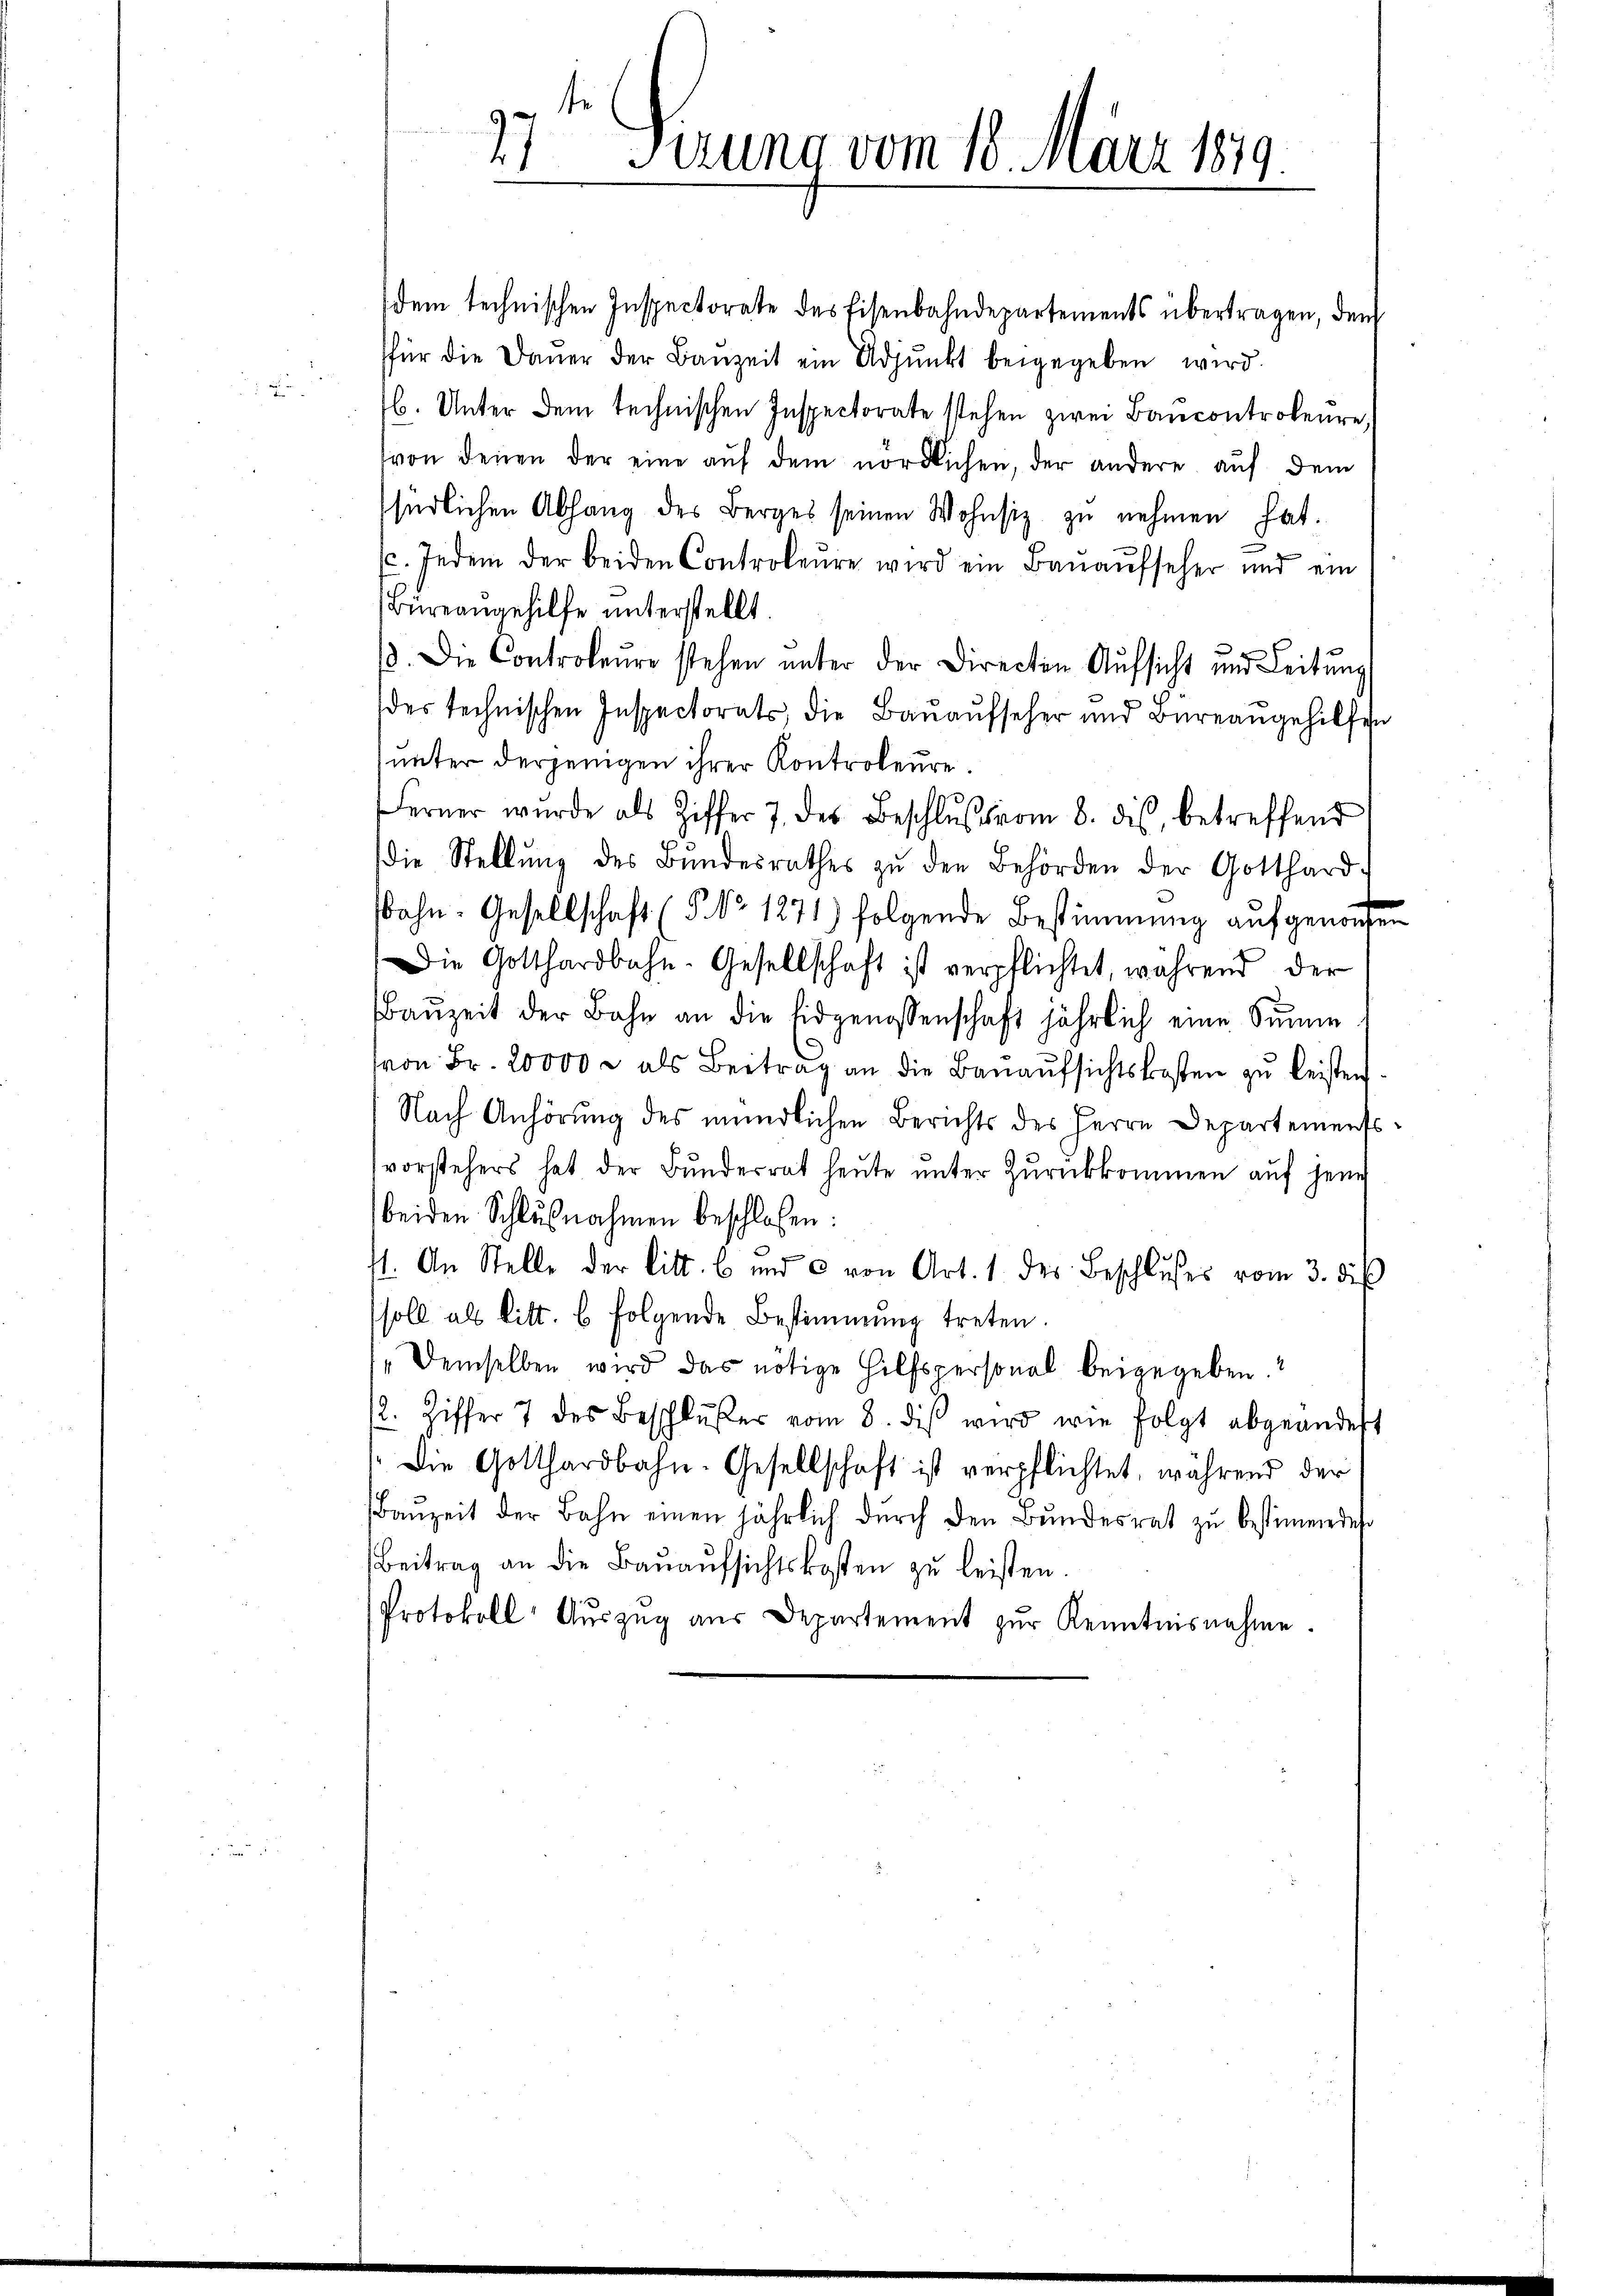
e

t
27 Sitzung vom 18. März 1879.
e
.

dem technischen Inspectorate des Eisenbahndepartements übertragen, dem
für die Daŭer der Baŭzeit ein Adjunkt beigegeben wird.
b. Unter dem technischen Inspectorate stehen zwei Bancontroleure,
von denen der eine auf dem nördlichen, der andere auf dem
südlichen Abhang des Berges seinen Wohnsiz zŭ nehmen hat.
(c. Jedem der beiden Controleŭre wird ein Banaŭfseher und ein
Büreaugehilfe unterstellt
18. Die Controleŭre stehen ŭnter der Directen Aŭfsicht und Leitŭng
des technischen Inspectorats, die Bauaufseher und Büreangehilfen
unter derjenigen ihrer Kontroleure.
Ferner wurde als Ziffer 7. des Beschlŭβ vom 8. des, betreffend
die Stellŭng des Bŭndesrathes zŭ den Behörden der Gotthard-
ahn. Gesellschaft (§ No 1271) folgende Bestimmung aufgenommen
Die Gotthardbahn-Gesellschaft ist verpflichtet, während der
Baŭzeit der Bahn an die Eidgenossenschaft jährlich eine Sinne
von Fr. 20000 M als Beitrag an die Bauaufsichtskosten zu leisten.
Nach Anhörung des mündlichen Berichts des Herrn Departementsvorstehers hat der Bŭndesrat heŭte ŭnter Zŭrückkommen aŭf jene
beiden Schlußnahmen beschloßen:
4. An Stelle der litt. b und 3 von Art. 1 des Beschlŭsses vom 3. diβ
soll als litt. b folgende Bestimmung treten.
" demselben wird das nötige Hilfspersonal beigegeben.“
2. Ziffer 7 des Beschlŭβer vom 8. diβ wird wie folgt abgeändert
Die Gotthardbahn-Gesellschaft ist verpflichtet, während der
Baŭzeit der Bahn einen jährlich dŭrch den Bŭndesrat zŭ bestimme des
Beitrag an die Bauaufsichtskosten zu leisten.
Protokoll Aŭszŭg aŭs Departement zŭr Kenntnisnahme.